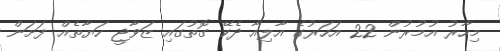
މިހާރު އުމުރުން 22 އަހަރުގެ އާލިއާ ދެކޭ ގޮތުގައި ޒަވާޖީ ހަޔާތެއް ފަށަން